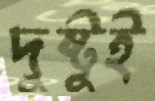
দুষ্টুই